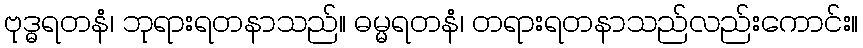
ဗုဒ္ဓရတနံ၊ ဘုရားရတနာသည်။ ဓမ္မရတနံ၊ တရားရတနာသည်လည်းကောင်း။